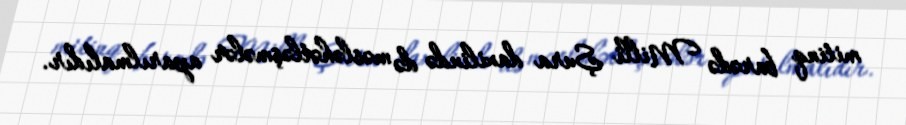
mitinq barədə Milli Şura daxilində də məsləhətləşmələr aparılmalıdır.